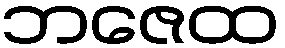
ဘဇေထ